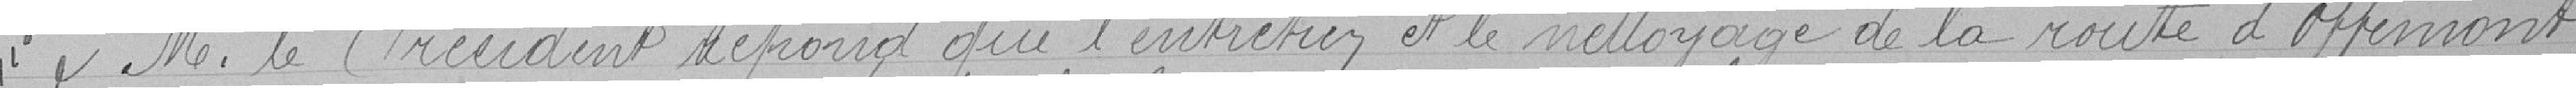
M. le Président répond que l'entretien et le nettoyage de la route d'Offemont